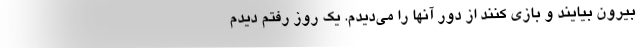
بیرون بیایند و بازی کنند از دور آنها را می‌دیدم. یک روز رفتم دیدم